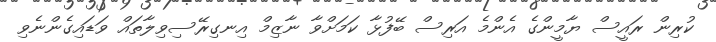
ކުރިން ރައީސް ޔާމީންގެ އެންމެ އަރިސް ބޭފުޅާ ކަމަށްވާ ނާޒިމް އިނގިރޭސިވިލާތައް ވަޑައިގެންނެވި